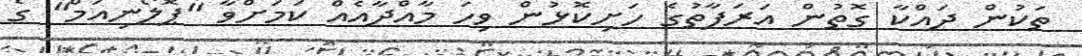
ތަކުން ދައްކާ ގޮތުން އަރަފާތުގެ ހަށިކޮޅުން ވިހަ މާއްދާއެއް ކަމަށްވާ "ޕޮލޯނިއަމް" ގެ